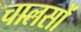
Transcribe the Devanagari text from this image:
चालसों